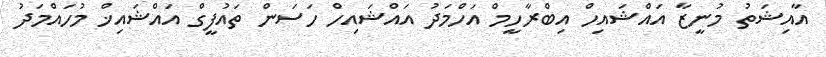
އާއިޝަތު މުނީޒާ އައްޝައިހް އިބްރާހީމް އަހްމަދު އައްޝައިހް ހަސަން ތައުފީގް އައްޝައިޚް މުހައްމަދު